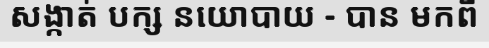
សង្កាត់ បក្ស នយោបាយ - បាន មកពី